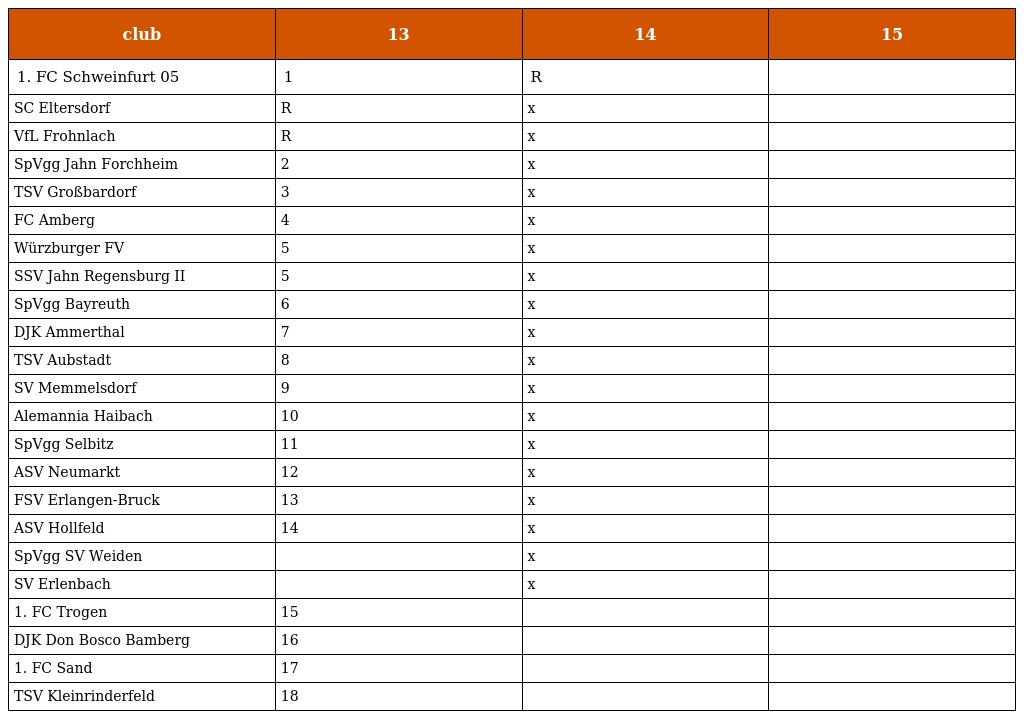
| club | 13 | 14 | 15 |
 | --- | --- | --- | --- |
 | 1. FC Schweinfurt 05 | 1 | R |  |
 | SC Eltersdorf | R | x |  |
 | VfL Frohnlach | R | x |  |
 | SpVgg Jahn Forchheim | 2 | x |  |
 | TSV Großbardorf | 3 | x |  |
 | FC Amberg | 4 | x |  |
 | Würzburger FV | 5 | x |  |
 | SSV Jahn Regensburg II | 5 | x |  |
 | SpVgg Bayreuth | 6 | x |  |
 | DJK Ammerthal | 7 | x |  |
 | TSV Aubstadt | 8 | x |  |
 | SV Memmelsdorf | 9 | x |  |
 | Alemannia Haibach | 10 | x |  |
 | SpVgg Selbitz | 11 | x |  |
 | ASV Neumarkt | 12 | x |  |
 | FSV Erlangen-Bruck | 13 | x |  |
 | ASV Hollfeld | 14 | x |  |
 | SpVgg SV Weiden |  | x |  |
 | SV Erlenbach |  | x |  |
 | 1. FC Trogen | 15 |  |  |
 | DJK Don Bosco Bamberg | 16 |  |  |
 | 1. FC Sand | 17 |  |  |
 | TSV Kleinrinderfeld | 18 |  |  |